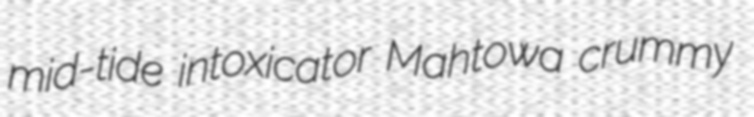
mid-tide intoxicator Mahtowa crummy